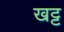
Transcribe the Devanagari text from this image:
खट्ट